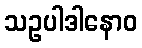
သဥပါဒါနောဝ